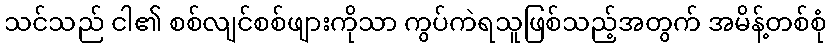
သင်သည် ငါ၏ စစ်လျင်စစ်ဖျားကိုသာ ကွပ်ကဲရသူဖြစ်သည့်အတွက် အမိန့်တစ်စုံ